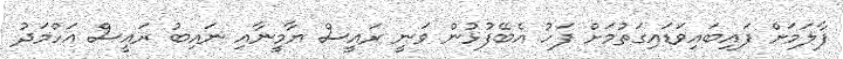
ފާލަމަށް ފައިބައިވަޑައިގަތުމަށް ފަހު އެބޭފުޅުން ވަނީ ރައީސް ޔާމީނާއި ނައިބު ރައީސް އަހްމަދު